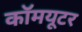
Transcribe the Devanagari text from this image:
कॉमयूटर